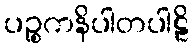
ပဉ္စကနိပါတပါဠိ